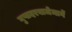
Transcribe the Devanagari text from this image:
गुप्तदरवाजेमार्गे